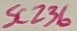
Text: SC236